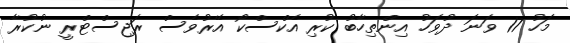
މަހު 17 ވަނަ ދުވަހު އިންތިހާބު ކުރި އެކްސްކޯ އޭރުވެސް ރަޖިސްޓްރީ ނުކުރާ